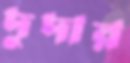
দুদার